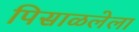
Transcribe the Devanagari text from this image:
पिसाळलेला